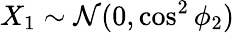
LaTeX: X_{1}\sim\mathcal{N}(0,\cos^{2}\phi_{2})